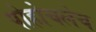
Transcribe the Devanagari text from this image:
पोहोचलेच